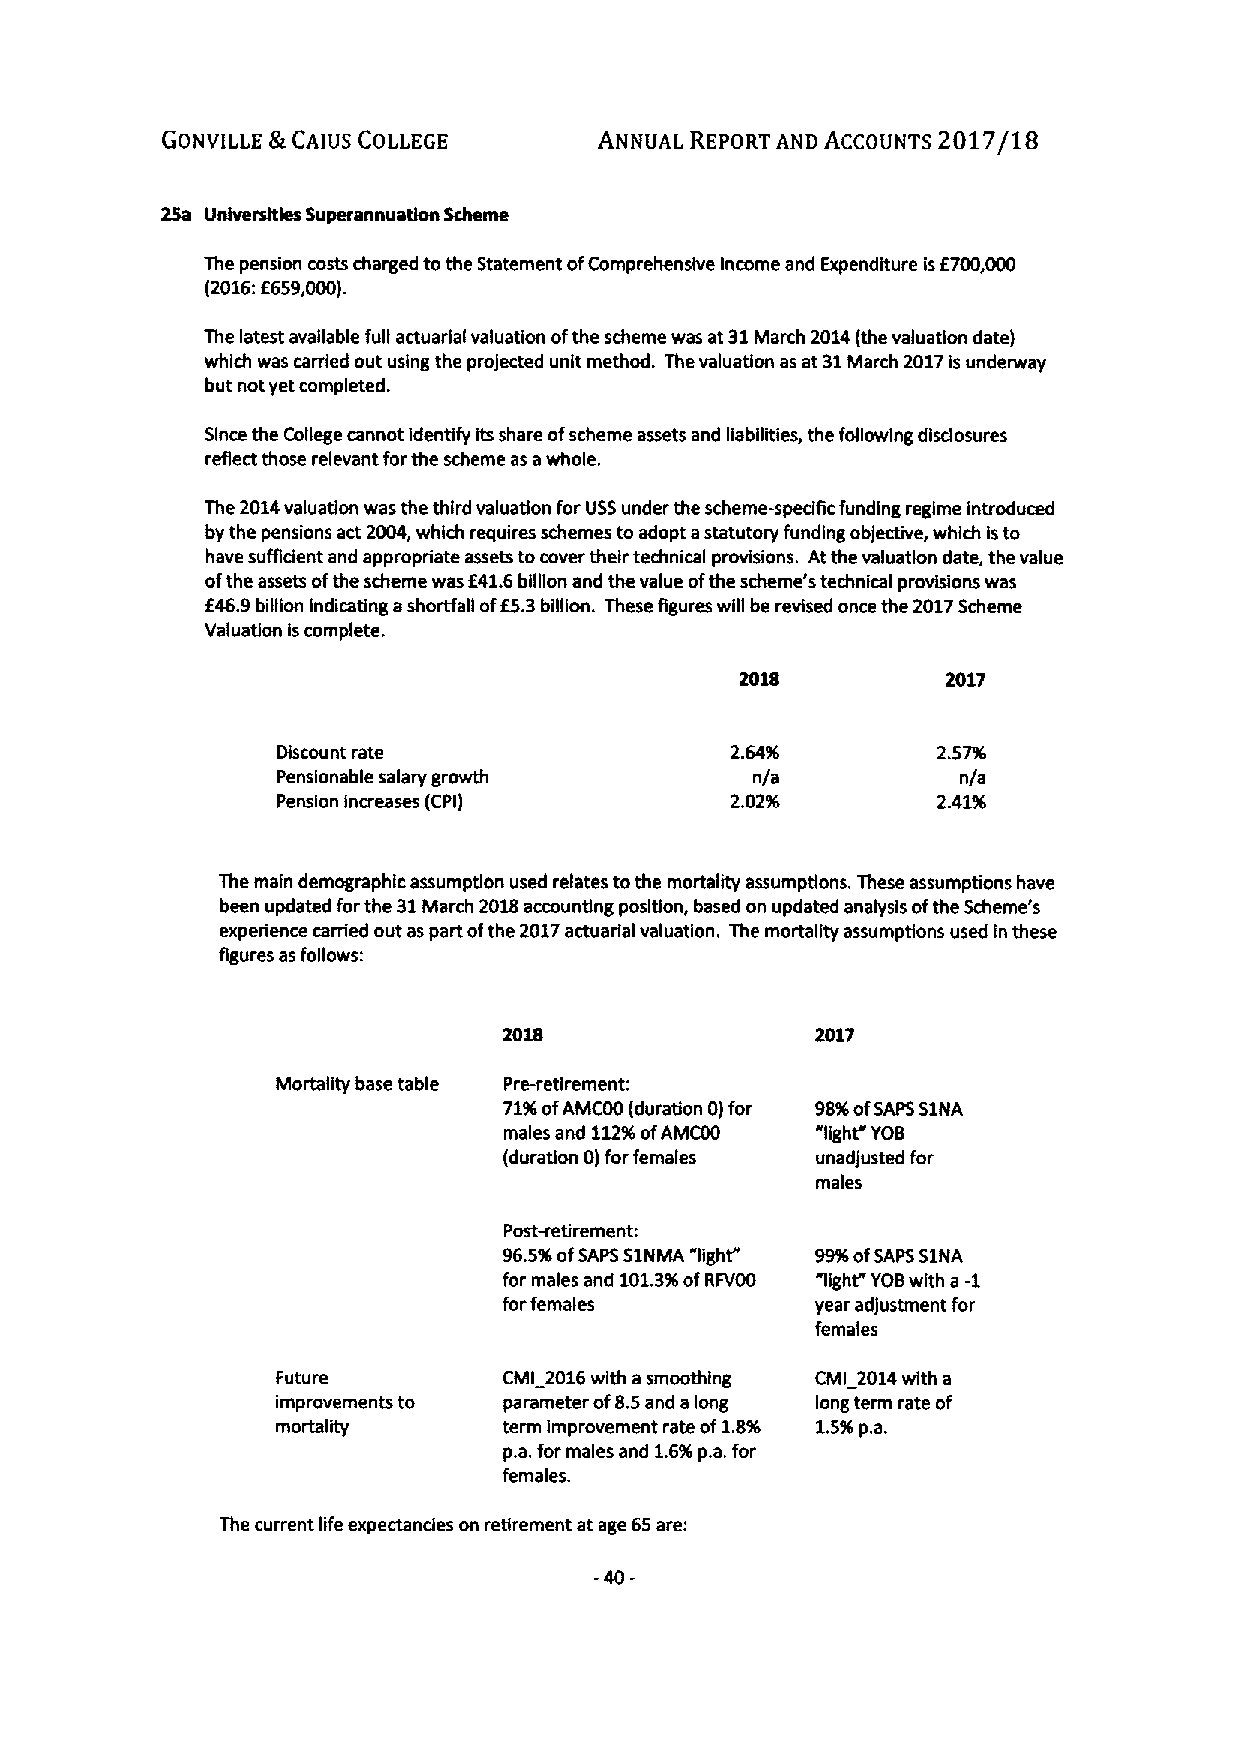
2017/18
 GONVILLE 8t CAIUS COLLEGE    ANNUAL REPORT AND ACCOUNTS
 25a Unlversides Superannuation Scheme
 The pension costs charged tothe Statement ofComprehensive income and Expenditure is6700,000
 (2016:6659,000).
 The latest available full actuarial valuation ofthe scheme was at 31March 2014(the valuation date)
 which was carried out using the projected unit method. The valuation as at 31March 2017isunderway
 but not yet completed.
 Since the College cannot identify its share ofscheme assets and liabilities, the following disdosures
 reflect those relevant forthe scheme as awhole.
 The 2014valuation was the third valuation for USSunder the scheme-spedfic funding regime introduced
 by the pensions act 2004,which requires schemes to adopt astatutory funding objective, which isto
 have sumdent and appropriate assets tocover their technical provisions. Atthe valuation date, the value
 ofthe assets ofthe scheme was E41.6bifilon and the value ofthe scheme's technical provisions was
 E46.9billion Indicating ashortfall ofE5.3billion. These figures will be revised once the 2017Scheme
 Valuation iscomplete.
 2017
 Discount rate                 2.64'%        2.57%
 Pensionable salary growth       n/a           n/a
 Pension Increases (CPI)       2.02%         2.4196
 The main demographic assumption used relates tothe mortality assumptions. These assumptions have
 been updated forthe 31March 2018accounting position, based on updated analysis ofthe Scheme's
 experience carried out as part ofthe 2017actuarial valuation. The mortality assumptions used in these
 figures as follows:
 2018                 2017
 Mortality base table Pre-retirement:
 71%ofAMCOO (duration 0)for 98%ofSAPS51NA
 males and 11296ofAMCOO "light" YOB
 (duration 0)forfemales unadjusted for
 males
 Post-retirement:
 96.596ofSAPS51NMA "light" 99%ofSAPS51NA
 for males and 101.3%ofRFVOO light" YOBwith a-1
 forfemales           year adjustment for
 females
 Future         CMI 2016with asmoothing CMI 2014with a
 improvements to parameter of8.5and along long term rate of
 mortality      term improvement rate of1.8% 1.5%p.a.
 p.a.for males and 1.6%p.a.for
 females.
 The current life expectandes on retirement at age 65are: